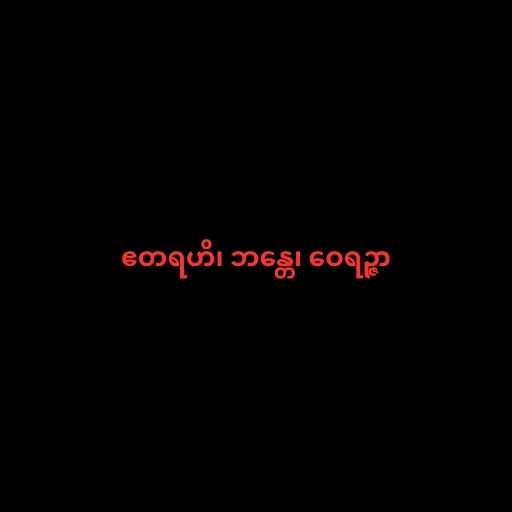
ဧတရဟိ၊ ဘန္တေ၊ ဝေရဉ္ဇာ